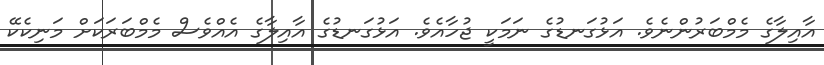
އާއިލާގެ މެމްބަރުންނެވެ. އަޅުގަނޑުގެ ނަމަކީ ޖުހާއެވެ. އަޅުގަނޑުގެ އާއިލާގެ އެއްވެސް މެމްބަރަކަށް މަނިކެކޭ